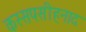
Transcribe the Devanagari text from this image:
कस्सपसीहनाद